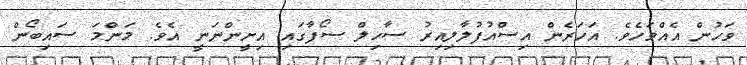
ވަހުން އެއްވަހެވެ. އަހަރެން އިސްއުފުލާލިއިރު ސާހިލް ސޯފާގައި އިށީންނަނީ އެވެ. މަންމަ ސައިބޯން